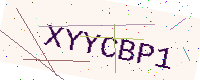
Text: XYYCBP1